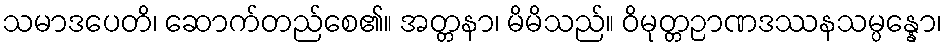
သမာဒပေတိ၊ ဆောက်တည်စေ၏။ အတ္တနာ၊ မိမိသည်။ ဝိမုတ္တဉာဏဒဿနသမ္ပန္နော၊